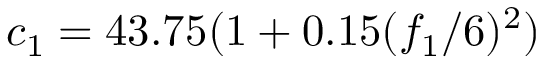
c _ { 1 } = 4 3 . 7 5 ( 1 + 0 . 1 5 ( { f _ { 1 } } / { 6 } ) ^ { 2 } )